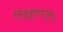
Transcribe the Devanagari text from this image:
लक्षणतः